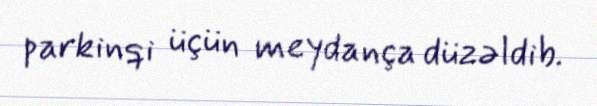
parkinqi üçün meydança düzəldib.